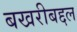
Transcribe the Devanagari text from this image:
बखरीबद्दल